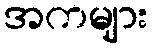
အကများ